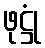
ဖုဋ္ဌုံ